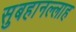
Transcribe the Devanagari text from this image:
सुबहानल्लाह